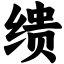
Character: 缋